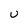
Character: U